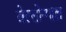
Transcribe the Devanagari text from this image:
बेल्लोन्गाल